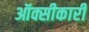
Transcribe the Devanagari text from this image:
ऑक्सीकारी